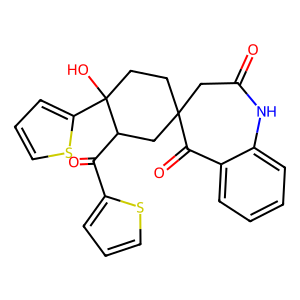
SMILES: O=C1CC2(CCC(O)(c3cccs3)C(C(=O)c3cccs3)C2)C(=O)c2ccccc2N1
Inhibits HIV replication: No